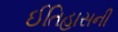
ઈતિહાસની